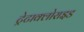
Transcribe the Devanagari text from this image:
ट्रेटाक्लोराइड